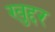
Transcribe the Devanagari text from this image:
खुद्दर